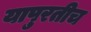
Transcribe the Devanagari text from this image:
यापुरतीच